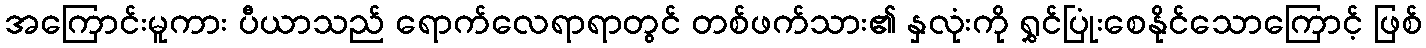
အကြောင်းမူကား ပီယာသည် ရောက်လေရာရာတွင် တစ်ဖက်သား၏ နှလုံးကို ရွှင်ပြုံးစေနိုင်သောကြောင့် ဖြစ်